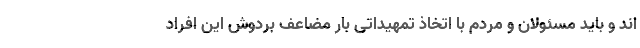
اند و باید مسئولان و مردم با اتخاذ تمهیداتی بار مضاعف بردوش این افراد